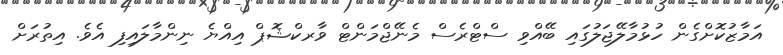
އަމާޒުކޮށްގެން ހުޅުމާލޭޖަލުގައި ބޭއްވި ސްޓްރެސް މެނޭޖްމަންޓް ވާރކްޝޮޕް އިއްޔެ ނިންމާލައިފި އެވެ. އިތުރަށް